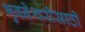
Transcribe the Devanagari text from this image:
भुवनेश्वरीसाठी